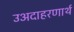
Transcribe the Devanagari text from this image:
उअदाहरणार्थ